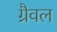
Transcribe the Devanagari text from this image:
ग्रैवल